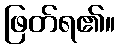
ဖြတ်ရ၏။